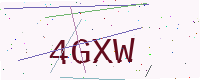
Text: 4GXW